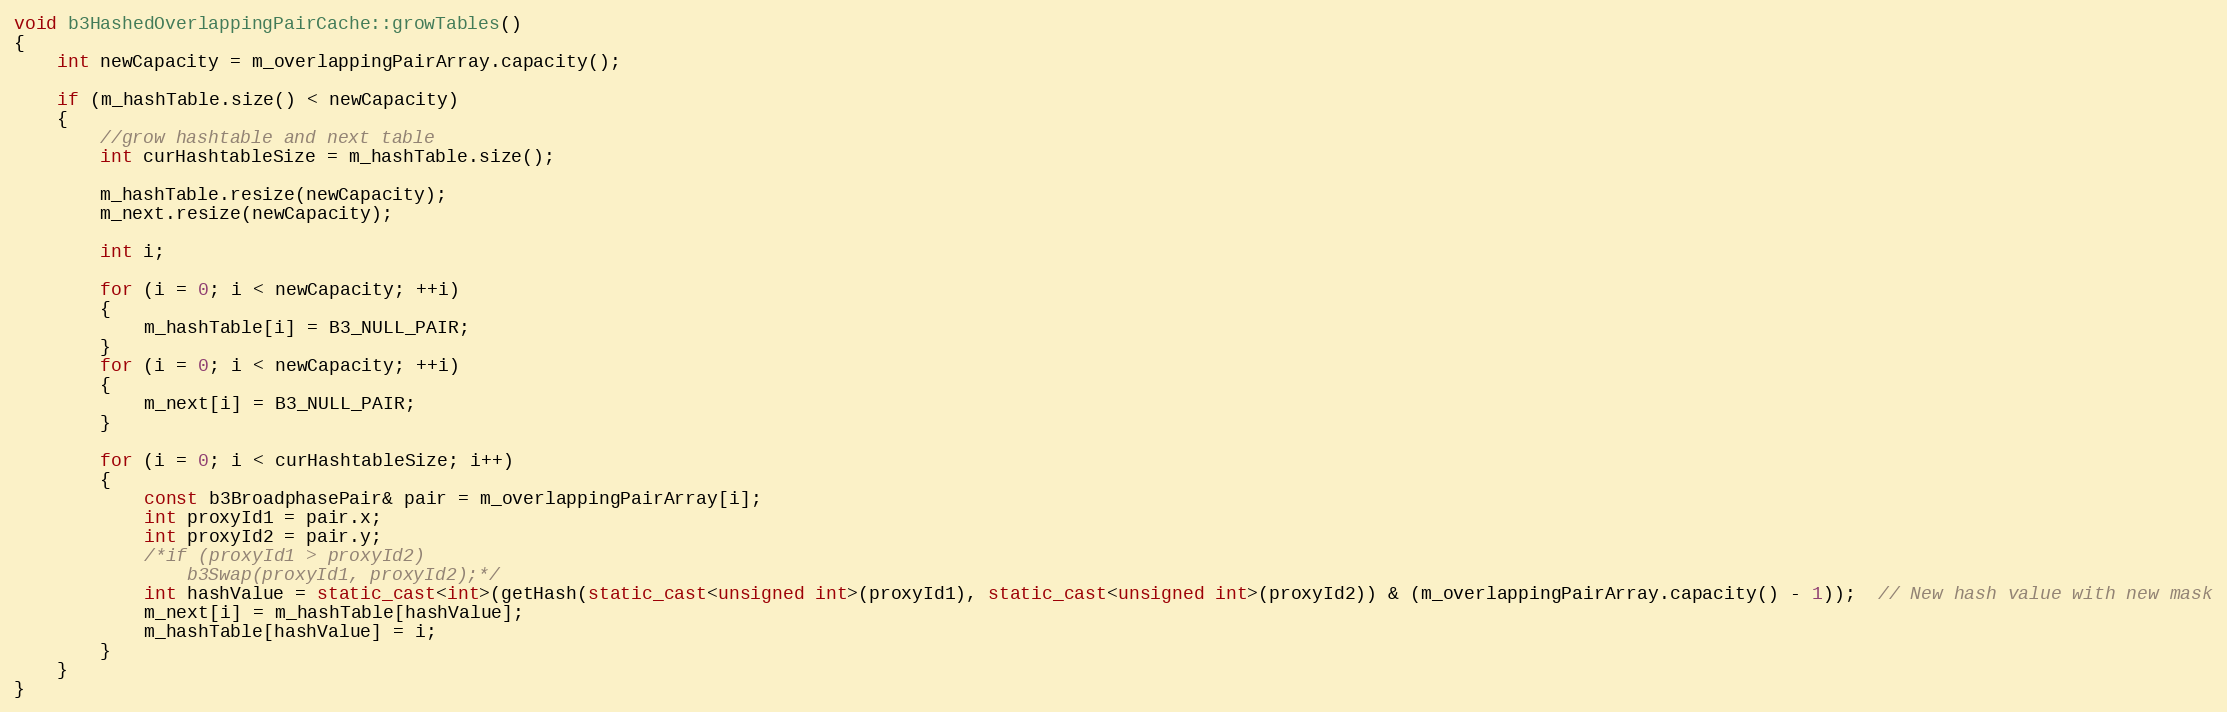
Language: C++
void b3HashedOverlappingPairCache::growTables()
{
	int newCapacity = m_overlappingPairArray.capacity();

	if (m_hashTable.size() < newCapacity)
	{
		//grow hashtable and next table
		int curHashtableSize = m_hashTable.size();

		m_hashTable.resize(newCapacity);
		m_next.resize(newCapacity);

		int i;

		for (i = 0; i < newCapacity; ++i)
		{
			m_hashTable[i] = B3_NULL_PAIR;
		}
		for (i = 0; i < newCapacity; ++i)
		{
			m_next[i] = B3_NULL_PAIR;
		}

		for (i = 0; i < curHashtableSize; i++)
		{
			const b3BroadphasePair& pair = m_overlappingPairArray[i];
			int proxyId1 = pair.x;
			int proxyId2 = pair.y;
			/*if (proxyId1 > proxyId2)
				b3Swap(proxyId1, proxyId2);*/
			int hashValue = static_cast<int>(getHash(static_cast<unsigned int>(proxyId1), static_cast<unsigned int>(proxyId2)) & (m_overlappingPairArray.capacity() - 1));  // New hash value with new mask
			m_next[i] = m_hashTable[hashValue];
			m_hashTable[hashValue] = i;
		}
	}
}